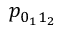
p _ { 0 _ { 1 } 1 _ { 2 } }